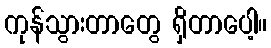
ကုန်သွားတာတွေ ရှိတာပေါ့။